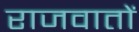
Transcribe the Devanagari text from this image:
राजवातों